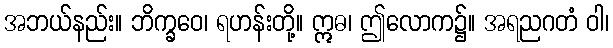
အဘယ်နည်း။ ဘိက္ခဝေ၊ ရဟန်းတို့။ ဣဓ၊ ဤလောက၌။ အရညဂတံ ဝါ၊